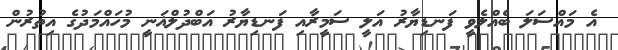
އެ މައްސަލަ ބެއްލެވީ ފަނޑިޔާރު އަލީ ސަމީރާއި ފަނޑިޔާރު އަބްދުލްޣަނީ މުހައްމަދުގެ އިތުރުން